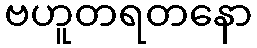
ဗဟူတရတနော